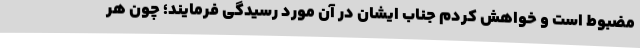
مضبوط است و خواهش کردم جناب ایشان در آن مورد رسیدگی فرمایند؛ چون هر